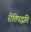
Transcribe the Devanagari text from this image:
रीतिपद्धति